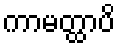
ကာမတ္ထာပိ